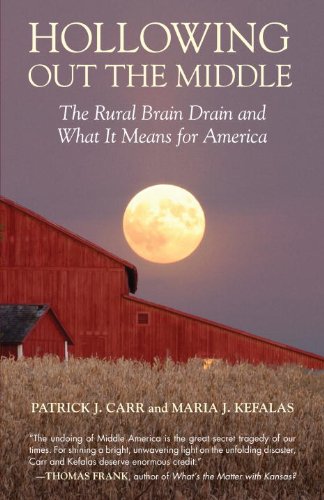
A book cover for Hollowing Out the Middle: The Rural Brain Drain and What It Means for America; Patrick J. Carr; Politics & Social Sciences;